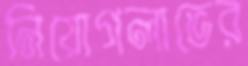
নিয়োগলাভের